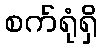
စက်ရုံရှိ